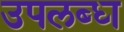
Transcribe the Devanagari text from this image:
उपलब्‍ध्‍ा